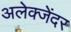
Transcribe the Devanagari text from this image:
अलेक्जेंदर